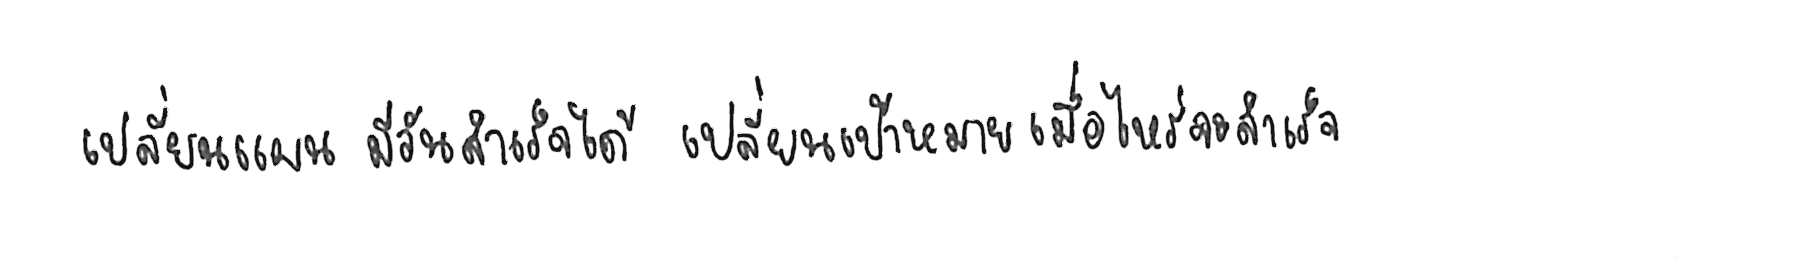
เปลี่ยนแผน มีวันสำเร็จได้ เปลี่ยนเป้าหมาย เมื่อไหร่จะสำเร็จ